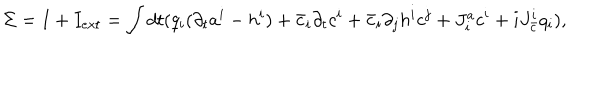
LaTeX: \Sigma = I + I _ { e x t } = \int d t ( q _ { i } ( \partial _ { t } a ^ { i } - h ^ { i } ) + \bar { c } _ { i } \partial _ { t } c ^ { i } + \bar { c } _ { i } \partial _ { j } h ^ { i } c ^ { j } + J _ { i } ^ { a } c ^ { i } + i J _ { \bar { c } } ^ { i } q _ { i } ) ,